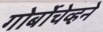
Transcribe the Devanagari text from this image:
गोर्बोचेव्हने